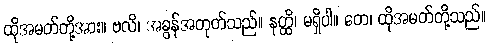
ထိုအမတ်တို့အား။ ဗလိ၊ အခွန်အတုတ်သည်။ နတ္ထိ၊ မရှိပါ။ တေ၊ ထိုအမတ်တို့သည်။